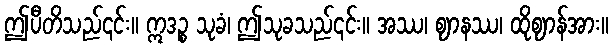
ဤပီတိသည်၎င်း။ ဣဒဉ္စ သုခံ၊ ဤသုခသည်၎င်း။ အဿ၊ ဈာနဿ၊ ထိုဈာန်အား။